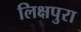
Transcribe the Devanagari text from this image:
लिक्षपुरा